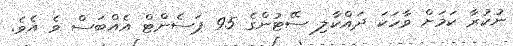
ނުކުރާ ކަމަށް ވާހަކަ ދައްކާލި ސޭޓުންގެ 95 ޕަސެންޓް އެއްބަސް ވެ އެވެ.